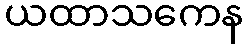
ယထာသကေန